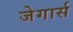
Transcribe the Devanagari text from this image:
जेगार्स